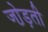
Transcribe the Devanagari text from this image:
जो़ड़ती